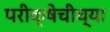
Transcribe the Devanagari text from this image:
परीक्षेचीच्या